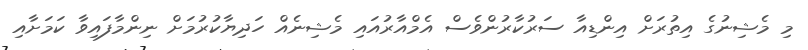
މި މެޝިނުގެ އިތުރަށް އިންޑިއާ ސަރުކާރުންވެސް އެމްއާރުއައި މެޝިނެއް ހަދިޔާކުރުމަށް ނިންމާފައިވާ ކަމަށާއި